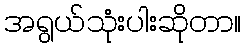
အရွယ်သုံးပါးဆိုတာ။